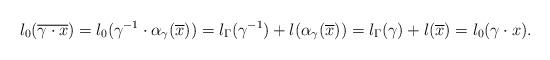
LaTeX: \begin{align*}l_0(\overline{\gamma\cdot x})=l_0(\gamma^{-1}\cdot \alpha_\gamma(\overline{x}))=l_\Gamma(\gamma^{-1})+l(\alpha_\gamma(\overline{x}))=l_\Gamma(\gamma)+l(\overline{x})=l_0(\gamma\cdot x).\end{align*}